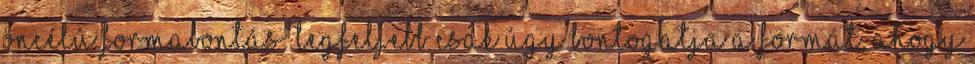
öncélú formabontás: legfeljebb csak úgy bontogatja a formát, ahogy